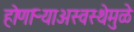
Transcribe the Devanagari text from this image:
होणाऱ्याअस्वस्थेमुळे